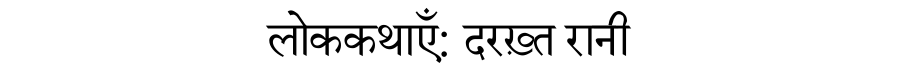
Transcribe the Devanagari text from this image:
लोककथाएँ: दरख़्त रानी